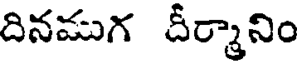
దినముగ దీర్మానిం